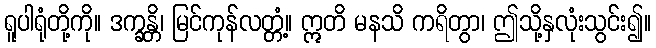
ရူပါရုံတို့ကို။ ဒက္ခန္တိ၊ မြင်ကုန်လတ္တံ့။ ဣတိ မနသိ ကရိတွာ၊ ဤသို့နှလုံးသွင်း၍။